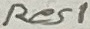
Text: Res1